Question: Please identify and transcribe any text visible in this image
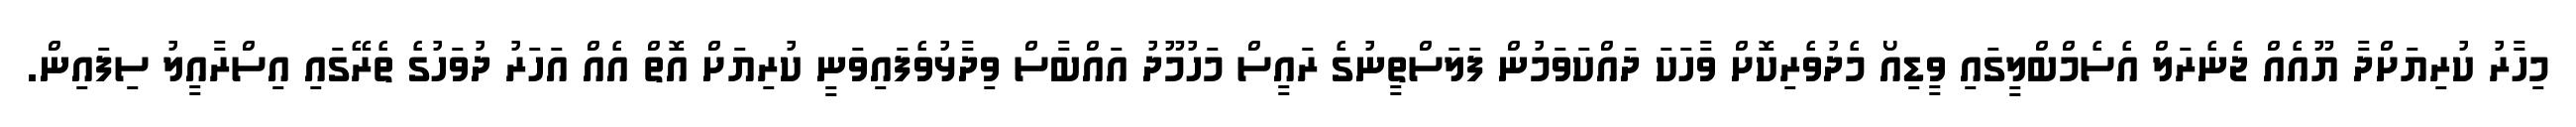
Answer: މިހާރު ކުރިޔަށްދާ ޔޫއެއް ޖެނެރަލް އެސެމްބްލީގައި ވީޑިއޯ މެދުވެރިކޮށް ވާހަކަ ދައްކަވަމުން ފަލަސްތީނުގެ ރައީސް މަހުމޫދު އައްބާސް ވިދާޅުވެފައިވަނީ ކުރިޔަށް އޮތް އެއް އަހަރު ދުވަހުގެ ތެރޭގައި އިސްރާއީލު ސިފައިން.